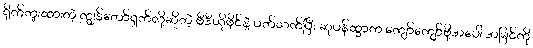
ရိုက်ကူးထားတဲ့ ကျွန်တော်ရှက်လို့ဆိုတဲ့ ဗီဒီယိုဖိုင်နဲ့ ပတ်သက်ပြီး ဆုပန်ထွာက ကျော်ကျော်ဗို့အပေါ် အမြင်ကို